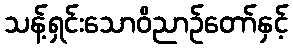
သန့်ရှင်းသောဝိညာဉ်တော်နှင့်